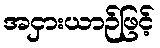
အငှားယာဉ်ဖြင့်